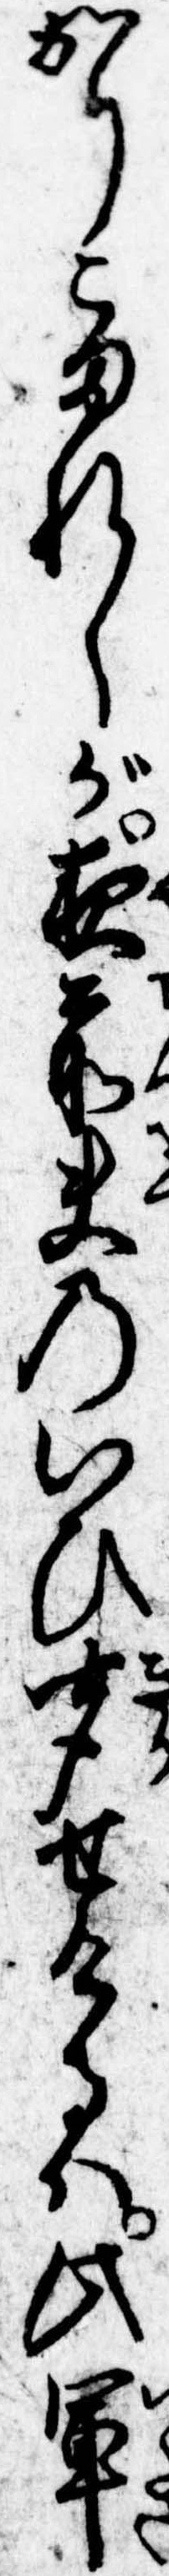
かりこまれしが夜前夫のいひ聞せけるは此軍